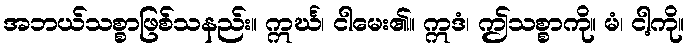
အဘယ်သစ္စာဖြစ်သနည်း။ ဣင်္ဃ၊ ငါမေး၏။ ဣဒံ၊ ဤသစ္စာကို။ မံ၊ ငါ့ကို။